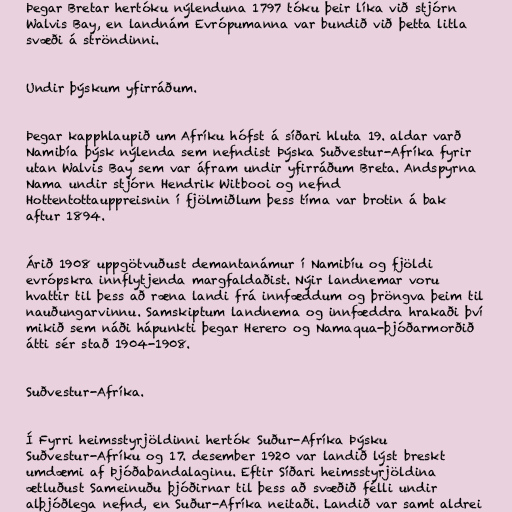
Þegar Bretar hertóku nýlenduna 1797 tóku þeir líka við stjórn
Walvis Bay, en landnám Evrópumanna var bundið við þetta litla
svæði á ströndinni.

Undir þýskum yfirráðum.

Þegar kapphlaupið um Afríku hófst á síðari hluta 19. aldar varð
Namibía þýsk nýlenda sem nefndist Þýska Suðvestur-Afríka fyrir
utan Walvis Bay sem var áfram undir yfirráðum Breta. Andspyrna
Nama undir stjórn Hendrik Witbooi og nefnd
Hottentottauppreisnin í fjölmiðlum þess tíma var brotin á bak
aftur 1894.

Árið 1908 uppgötvuðust demantanámur í Namibíu og fjöldi
evrópskra innflytjenda margfaldaðist. Nýir landnemar voru
hvattir til þess að ræna landi frá innfæddum og þröngva þeim til
nauðungarvinnu. Samskiptum landnema og innfæddra hrakaði því
mikið sem náði hápunkti þegar Herero og Namaqua-þjóðarmorðið
átti sér stað 1904-1908.

Suðvestur-Afríka.

Í Fyrri heimsstyrjöldinni hertók Suður-Afríka Þýsku
Suðvestur-Afríku og 17. desember 1920 var landið lýst breskt
umdæmi af Þjóðabandalaginu. Eftir Síðari heimsstyrjöldina
ætluðust Sameinuðu þjóðirnar til þess að svæðið félli undir
alþjóðlega nefnd, en Suður-Afríka neitaði. Landið var samt aldrei